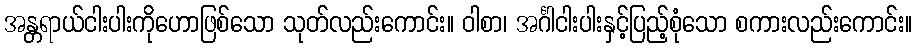
အန္တရာယ်ငါးပါးကိုဟောဖြစ်သော သုတ်လည်းကောင်း။ ဝါစာ၊ အင်္ဂါငါးပါးနှင့်ပြည့်စုံသော စကားလည်းကောင်း။